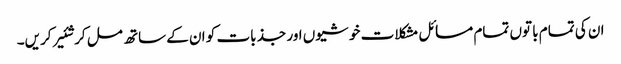
ان کی تمام با توں تمام مسائل مشکلا ت خو شیوں اور جذ بات کو ان کے ساتھ مل کر شئیر کریں۔